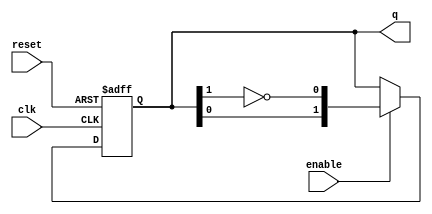
module modified_johnson_counter #(parameter n = 2) (
    input wire clk,          // Clock input
    input wire reset,        // Asynchronous reset
    input wire enable,       // Enable signal
    output reg [n-1:0] q     // Counter output
);

    // Internal signal for feedback
    wire feedback;

    // Feedback is the inverted output of the last flip-flop
    assign feedback = ~q[n-1];

    always @(posedge clk or posedge reset) begin
        if (reset) begin
            // Initialize the counter to 0 on reset
            q <= {n{1'b0}};
        end else if (enable) begin
            // Shift the counter values and apply feedback
            q <= {q[n-2:0], feedback};
        end
    end

endmodule